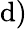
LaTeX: \mathrm{d})